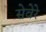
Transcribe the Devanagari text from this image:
सेवेरे